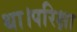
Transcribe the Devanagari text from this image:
था।परिक्षा